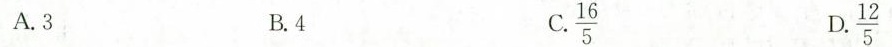
A. 3 B. 4 C. \frac{16}{5} D. \frac{12}{5}